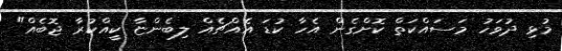
މުޅި ދުވަހު މަސައްކަތް ކޮށްގެން އެހާ ކުޑަ އެއްޗެއް ލިބެންޏާ ކީއްކުރާ ޖޮބެއް"